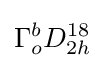
\Gamma _{o}^{b}D_{2h}^{18}